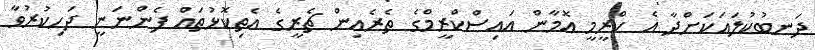
ދަނބުކުލައަކަށްދާ އެ ކްރީމީ އޮމާން އައިސްކްރީމްގެ ތެރެއިން ޗެރީގެ އެތިކޮޅުތައް ފެންނަނީ ދަހިކުރުވާ